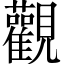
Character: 觀